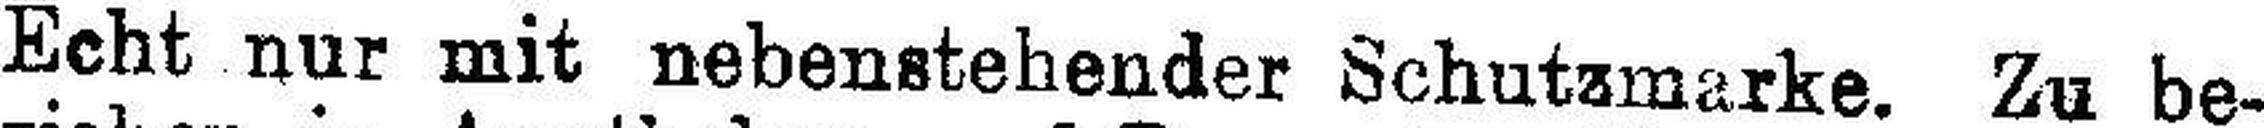
Echt nur mit nebenstehender Schutzmarke. Zu be¬